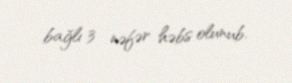
bağlı 3 nəfər həbs olunub.